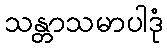
သန္တာသမာပါဒုံ